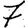
Digit: 7